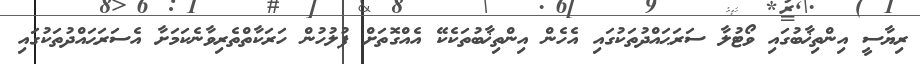
ރިޔާސީ އިންތިޚާބުގައި ވޯޓުލާ ސަރަޙައްދުތަކުގައި އެހެން އިންތިޚާބުތަކެކޭ އެއްގޮތަށް ފުލުހުން ހަރަކާތްތެރިވާނެކަމަށާ އެސަރަޙައްދުތަކުގައި